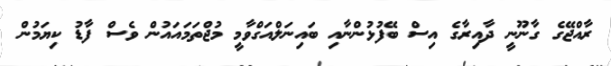
ރާއްޖޭގެ ގާނޫނީ ދާއިރާގެ އިސް ބޭފުޅުންނާއި ބައިނަލްއަގްވާމީ މުޖްތަމައައުން ވެސް ފާޑު ކިޔަމުން